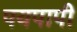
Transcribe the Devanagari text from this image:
पयपापी